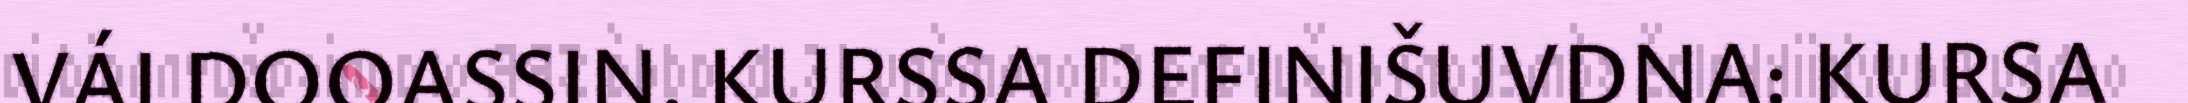
VÁLDOOASSIN. KURSSA DEFINIŠUVDNA: KURSA